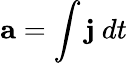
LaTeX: \mathbf{a}=\int\mathbf{j}\ dt